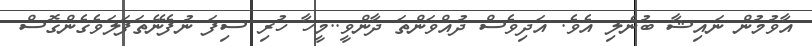
އާވުމުން ނައިޝާ ބުނެލި އެވެ. އަދިވެސް ދުއްވަންތަ ދާންވީ..މީހާ ހުރި ސިފަ ނުފެނޭތަފަލަވެގެންގޮސް